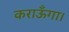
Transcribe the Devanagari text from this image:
कराऊँगा।